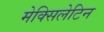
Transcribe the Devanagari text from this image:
मेक्सिलेटिन